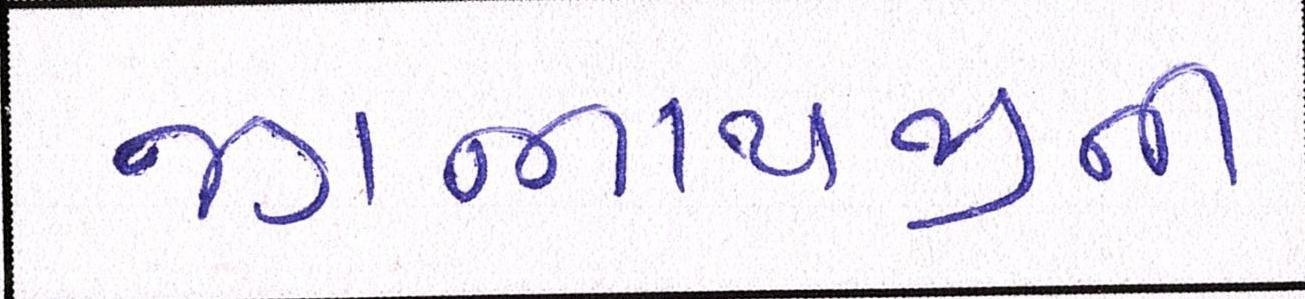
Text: જગન્નાથજીની